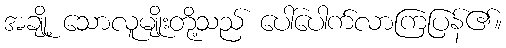
အချို့ သောလူမျိုးတို့သည် ပေါ်ပေါက်လာကြပြန်၏။